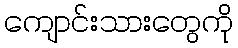
ကျောင်းသားတွေကို